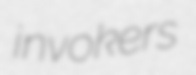
invokers